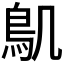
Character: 𮬥